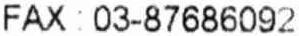
FAX : 03-87686092